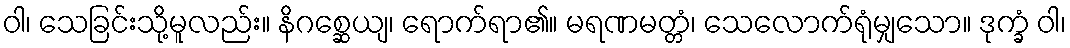
ဝါ၊ သေခြင်းသို့မူလည်း။ နိဂစ္ဆေယျ၊ ရောက်ရာ၏။ မရဏမတ္တံ၊ သေလောက်ရုံမျှသော။ ဒုက္ခံ ဝါ၊